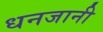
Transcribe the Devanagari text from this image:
धनजानी